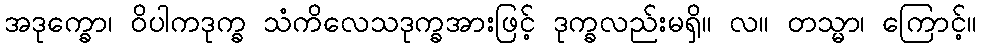
အဒုက္ခော၊ ဝိပါကဒုက္ခ သံကိလေသဒုက္ခအားဖြင့် ဒုက္ခလည်းမရှိ။ လ။ တသ္မာ၊ ကြောင့်။